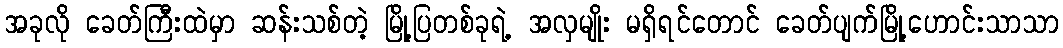
အခုလို ခေတ်ကြီးထဲမှာ ဆန်းသစ်တဲ့ မြို့ပြတစ်ခုရဲ့ အလှမျိုး မရှိရင်တောင် ခေတ်ပျက်မြို့ဟောင်းသာသာ